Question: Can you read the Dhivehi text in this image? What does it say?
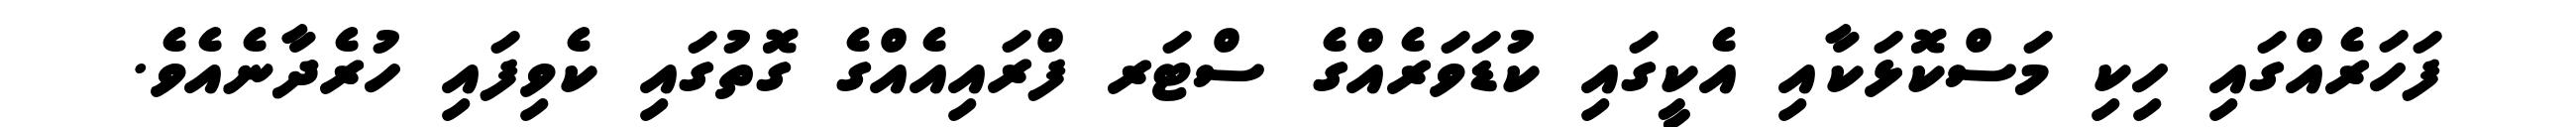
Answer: ފަހަރެއްގައި ހިކި މަސްކޮޅަކާއި އެކީގައި ކުޑަވަރެއްގެ ސްޓަރ ފްރައިއެއްގެ ގޮތުގައި ކެވިފައި ހުރެދާނެއެވެ.